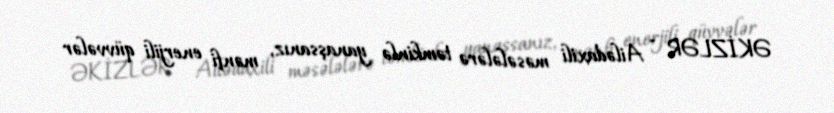
ƏKİZLƏR - Ailədaxili məsələlərə təmkinlə yanaşsanız, mənfi enerjili qüvvələr